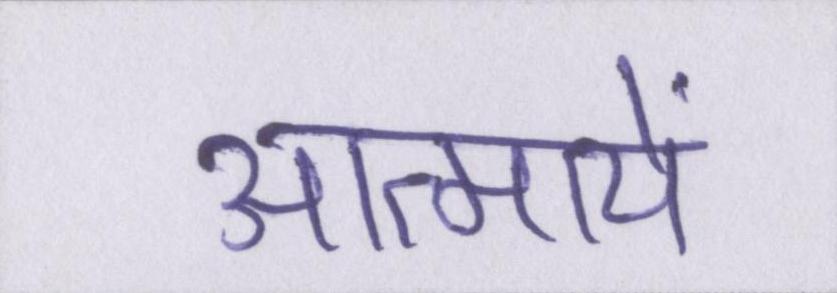
आत्मायें